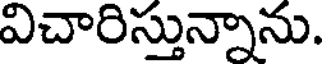
విచారిస్తున్నాను.